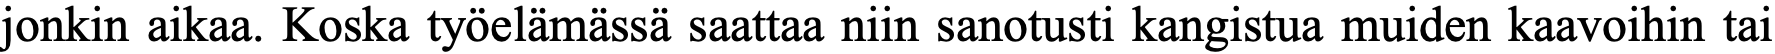
jonkin aikaa. Koska työelämässä saattaa niin sanotusti kangistua muiden kaavoihin tai